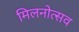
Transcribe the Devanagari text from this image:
मिलनोत्सव